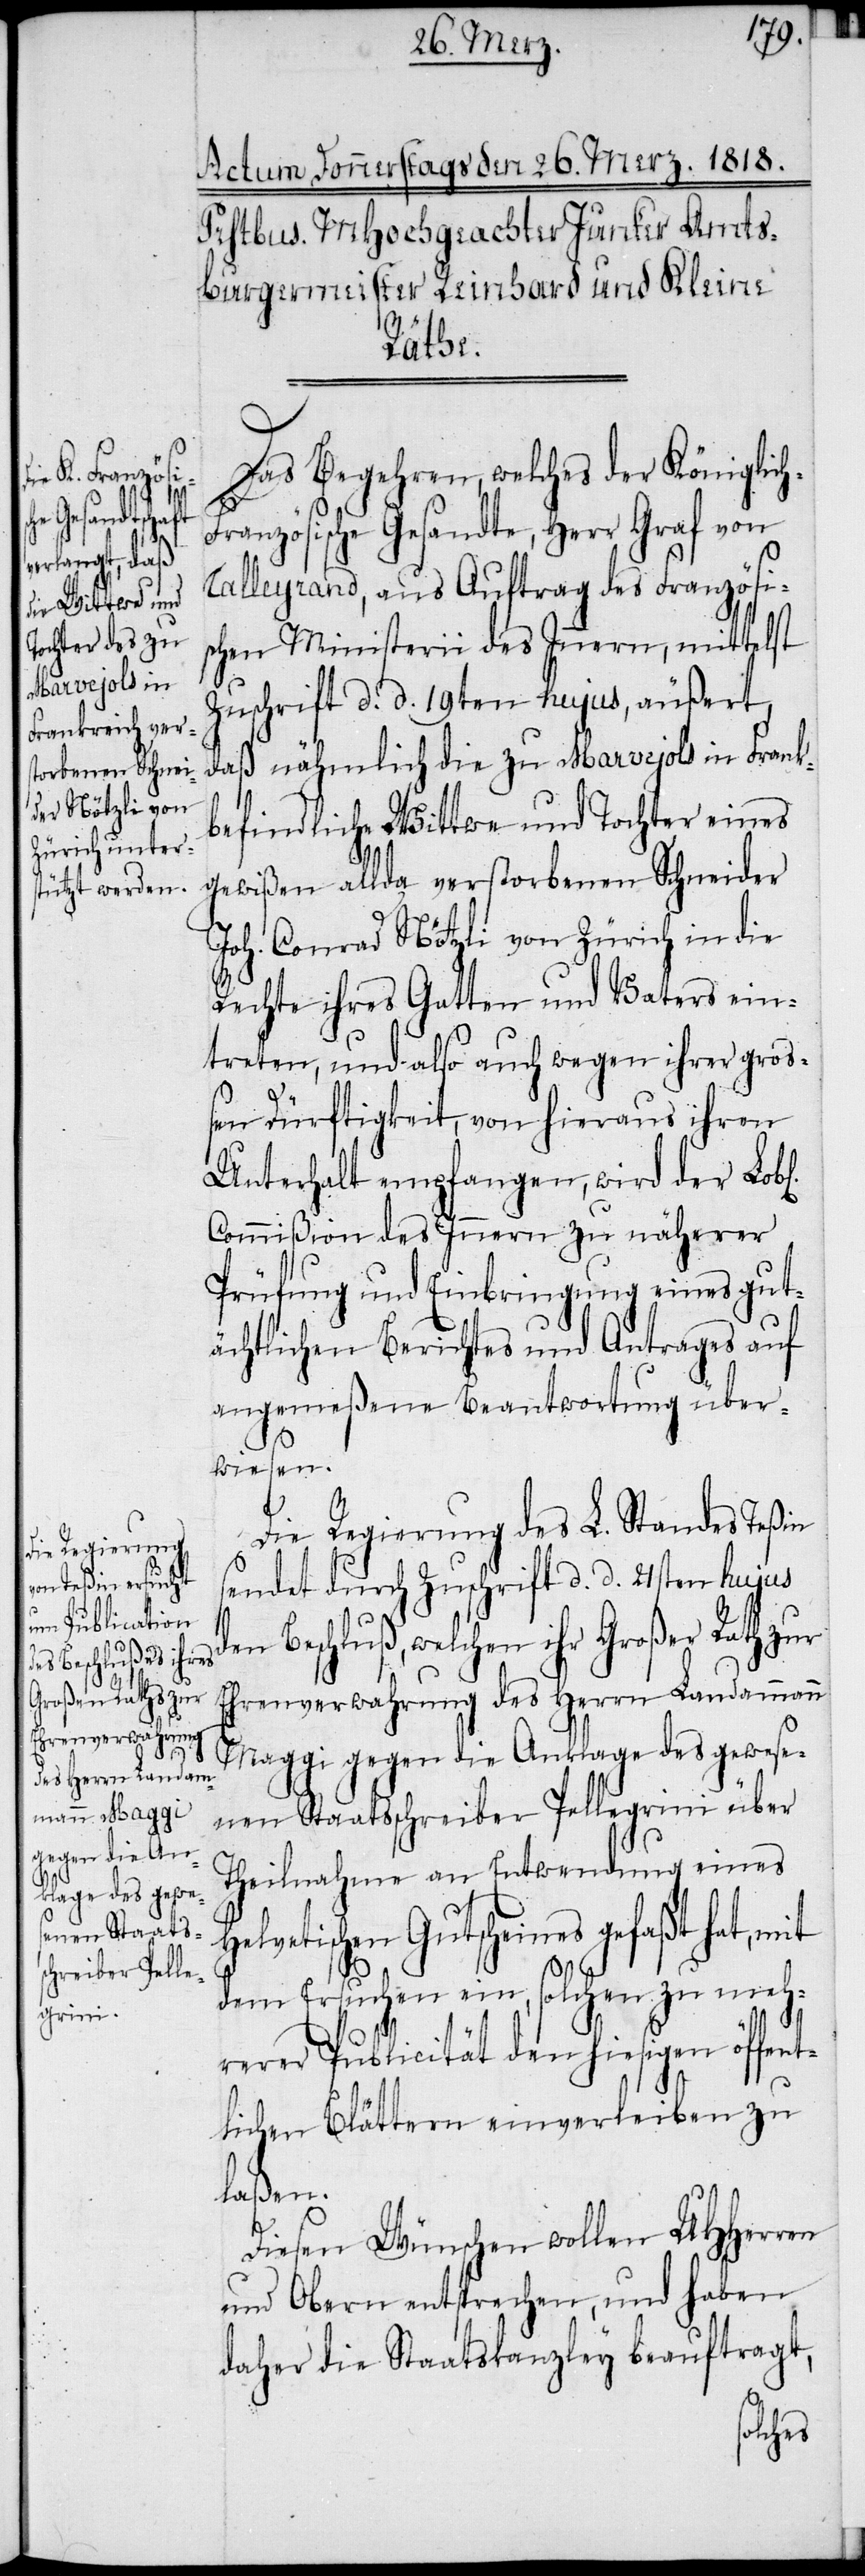
l[ichen]
h-F¬

Das Begehren, welches der Königlic¬
ranzösische Gesandte, Herr Graf von
Talleyrand, aus Auftrag des Französi¬
schen Ministerii des Innern, mittelst
Zuschrift d. d. 19ten hujus, äußert,
daß nähmlich die zu Marvejols in Fran¬
H¬
befindliche Wittwe und Tochter eines
gewißen allda verstorbenen Schneider
Joh. Conrad Nötzli von Zürich in die
Rechte ihres Gatten und Vaters ein¬
treten, und also auch wegen ihrer groß¬
en Dürftigkeit, von hieraus ihren
Unterhalt empfangen, wird der Lob¬
Commißion des Innern zu näherer
Prüfung und Einbringung eines gut¬
ächtlichen Berichtes und Antrages auf
angemeßene Beantwortung über¬
wiesen.
Die Regierung des L. Standes Teßin
sendet durch Zuschrift d. d. 21sten hujus
en Beschluß, welchen ihr Großer Rath zur
Ehrenverwahrung des Herrn Landammann
Maggi gegen die Anklage des gewese¬
nen Staatsschreiber Pellegrini über
Theilnahme an Entwendung eines
elvetischen Gutscheines gefaßt hat, mit
dem Ersuchen ein, solchen zu meh¬
rerer Publicität den hiesigen öffen¬
tlichen Blättern einverleiben zu
laßen.
Diesen Wünschen wollen UHHerren
und Obern entsprechen, und haben
daher die Staatskanzley beauftragt,